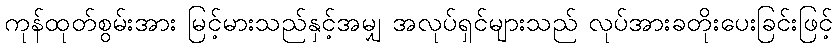
ကုန်ထုတ်စွမ်းအား မြင့်မားသည်နှင့်အမျှ အလုပ်ရှင်များသည် လုပ်အားခတိုးပေးခြင်းဖြင့်